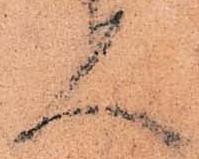
人